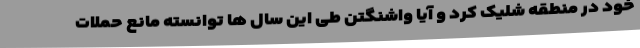
خود در منطقه شلیک کرد و آیا واشنگتن طی این سال ها توانسته مانع حملات